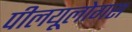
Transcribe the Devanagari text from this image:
पीलयूलोगस